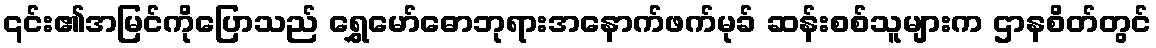
၎င်း၏အမြင်ကိုပြောသည် ရွှေမော်ဓောဘုရားအနောက်ဖက်မုခ် ဆန်းစစ်သူများက ဌာနစိတ်တွင်